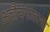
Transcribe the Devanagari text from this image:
अचैत्यनावस्था